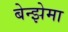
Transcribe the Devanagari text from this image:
बेन्झेमा